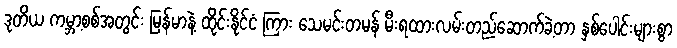
ဒုတိယ ကမ္ဘာ့စစ်အတွင်း မြန်မာနဲ့ ထိုင်းနိုင်ငံ ကြား သေမင်းတမန် မီးရထားလမ်းတည်ဆောက်ခဲ့တာ နှစ်ပေါင်းများစွာ